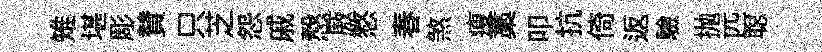
雉堪彫賛只芝怨戚慤厫憗春煞瘦藁叩抗倚返驗抛匹聪